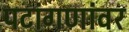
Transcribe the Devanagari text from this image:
पटांगणांवर